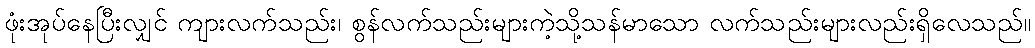
ဖုံးအုပ်နေပြီးလျှင် ကျားလက်သည်း၊ စွန်လက်သည်းများကဲ့သို့သန်မာသော လက်သည်းများလည်းရှိလေသည်။